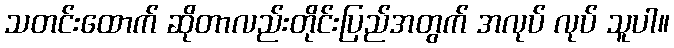
သတင်းထောက် ဆိုတာလည်းတိုင်းပြည်အတွက် အလုပ် လုပ် သူပါ။